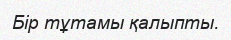
Бір тұтамы қалыпты.